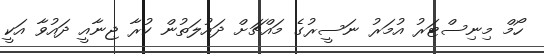
ހޯމް މިނިސްޓަރު އުމަރު ނަސީރުގެ މައްޗަށް ދައުލަތުން ކުރާ ޖިނާއީ ދައުވާ އަކީ